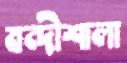
বন্দীশালা